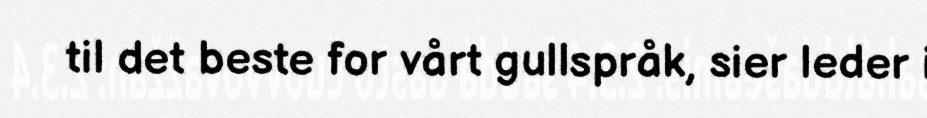
til det beste for vårt gullspråk, sier leder i